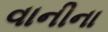
વાનીના